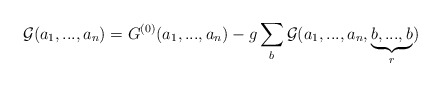
\begin{align*}{{\cal G}}(a_1,...,a_n)={G}^{(0)}(a_1,...,a_n)-g\sum_{b}{{\cal G}}(a_1,...,a_n,\underbrace{b,...,b}_{r})\end{align*}